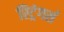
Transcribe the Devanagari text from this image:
स्ट्रिंगर्स